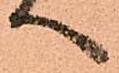
へ